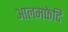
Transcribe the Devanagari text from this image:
आलमफेदि